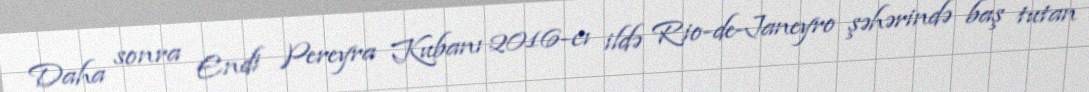
Daha sonra Endi Pereyra Kubanı 2016-cı ildə Rio-de-Janeyro şəhərində baş tutan